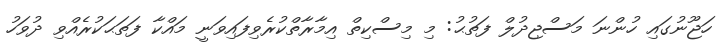
ހަޖޫނުގައި ހުންނަ މަސްޖިދުލް ފަތުޙު: މި މިސްކިތް އިމާރާތްކުރެވިފައިވަނީ މައްކާ ފަތަޙަކުރެއްވި ދުވަހު